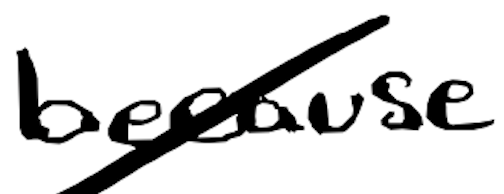
Text: because
Cross-out: diagonal
Writing tool: digital_black